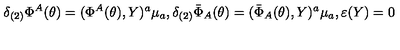
\delta _ { ( 2 ) } \Phi ^ { A } ( \theta ) = ( \Phi ^ { A } ( \theta ) , Y ) ^ { a } \mu _ { a } , \delta _ { ( 2 ) } \bar { \Phi } _ { A } ( \theta ) = ( \bar { \Phi } _ { A } ( \theta ) , Y ) ^ { a } \mu _ { a } , \varepsilon ( Y ) = 0